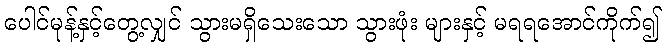
ပေါင်မုန့်နှင့်တွေ့လျှင် သွားမရှိသေးသော သွားဖုံး များနှင့် မရရအောင်ကိုက်၍